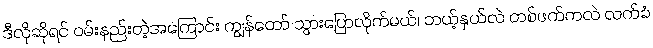
ဒီလိုဆိုရင် ဝမ်းနည်းတဲ့အကြောင်း ကျွန်တော် သွားပြောလိုက်မယ်၊ ဘယ့်နှယ်လဲ တစ်ဖက်ကလဲ လက်ခံ